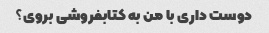
دوست داری با من به کتابفروشی بروی؟